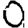
Digit: 0